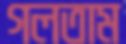
গলতাম